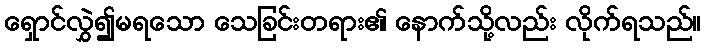
ရှောင်လွှဲ၍မရသော သေခြင်းတရား၏ နောက်သို့လည်း လိုက်ရသည်။